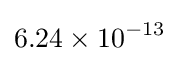
6.24\times 10^{-13}